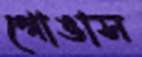
গোঙাস